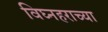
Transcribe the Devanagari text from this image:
विघ्नहराच्या